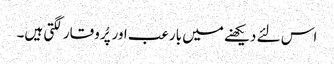
اس لئے دیکھنے میں بارعب اور پُر وقار لگتی ہیں۔